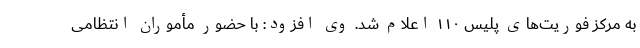
به مرکز فوریت‌های پلیس ۱۱۰ اعلام شد. وی افزود: با حضور مأموران انتظامی